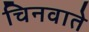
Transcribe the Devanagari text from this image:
चिनवाते